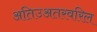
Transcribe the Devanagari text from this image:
अतिउअतरवरिल